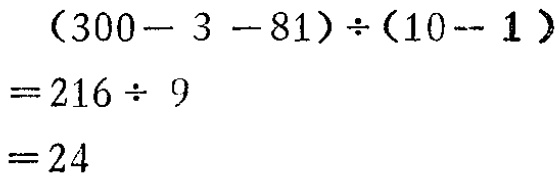
\[

\begin{align*}

&(300 - 3 - 81)\div(10 - 1)\\

=&216\div9\\

=&24

\end{align*}

\]